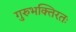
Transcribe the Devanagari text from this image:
गुरुभक्तिरतः